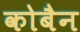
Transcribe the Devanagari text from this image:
कोबैन